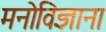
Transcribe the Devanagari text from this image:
मनोविज्ञाना